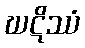
ဃဋိဿံ